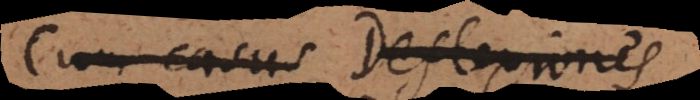
Cum casus Deflexiones